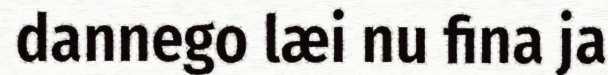
dannego læi nu fina ja